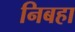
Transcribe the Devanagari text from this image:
निबहा